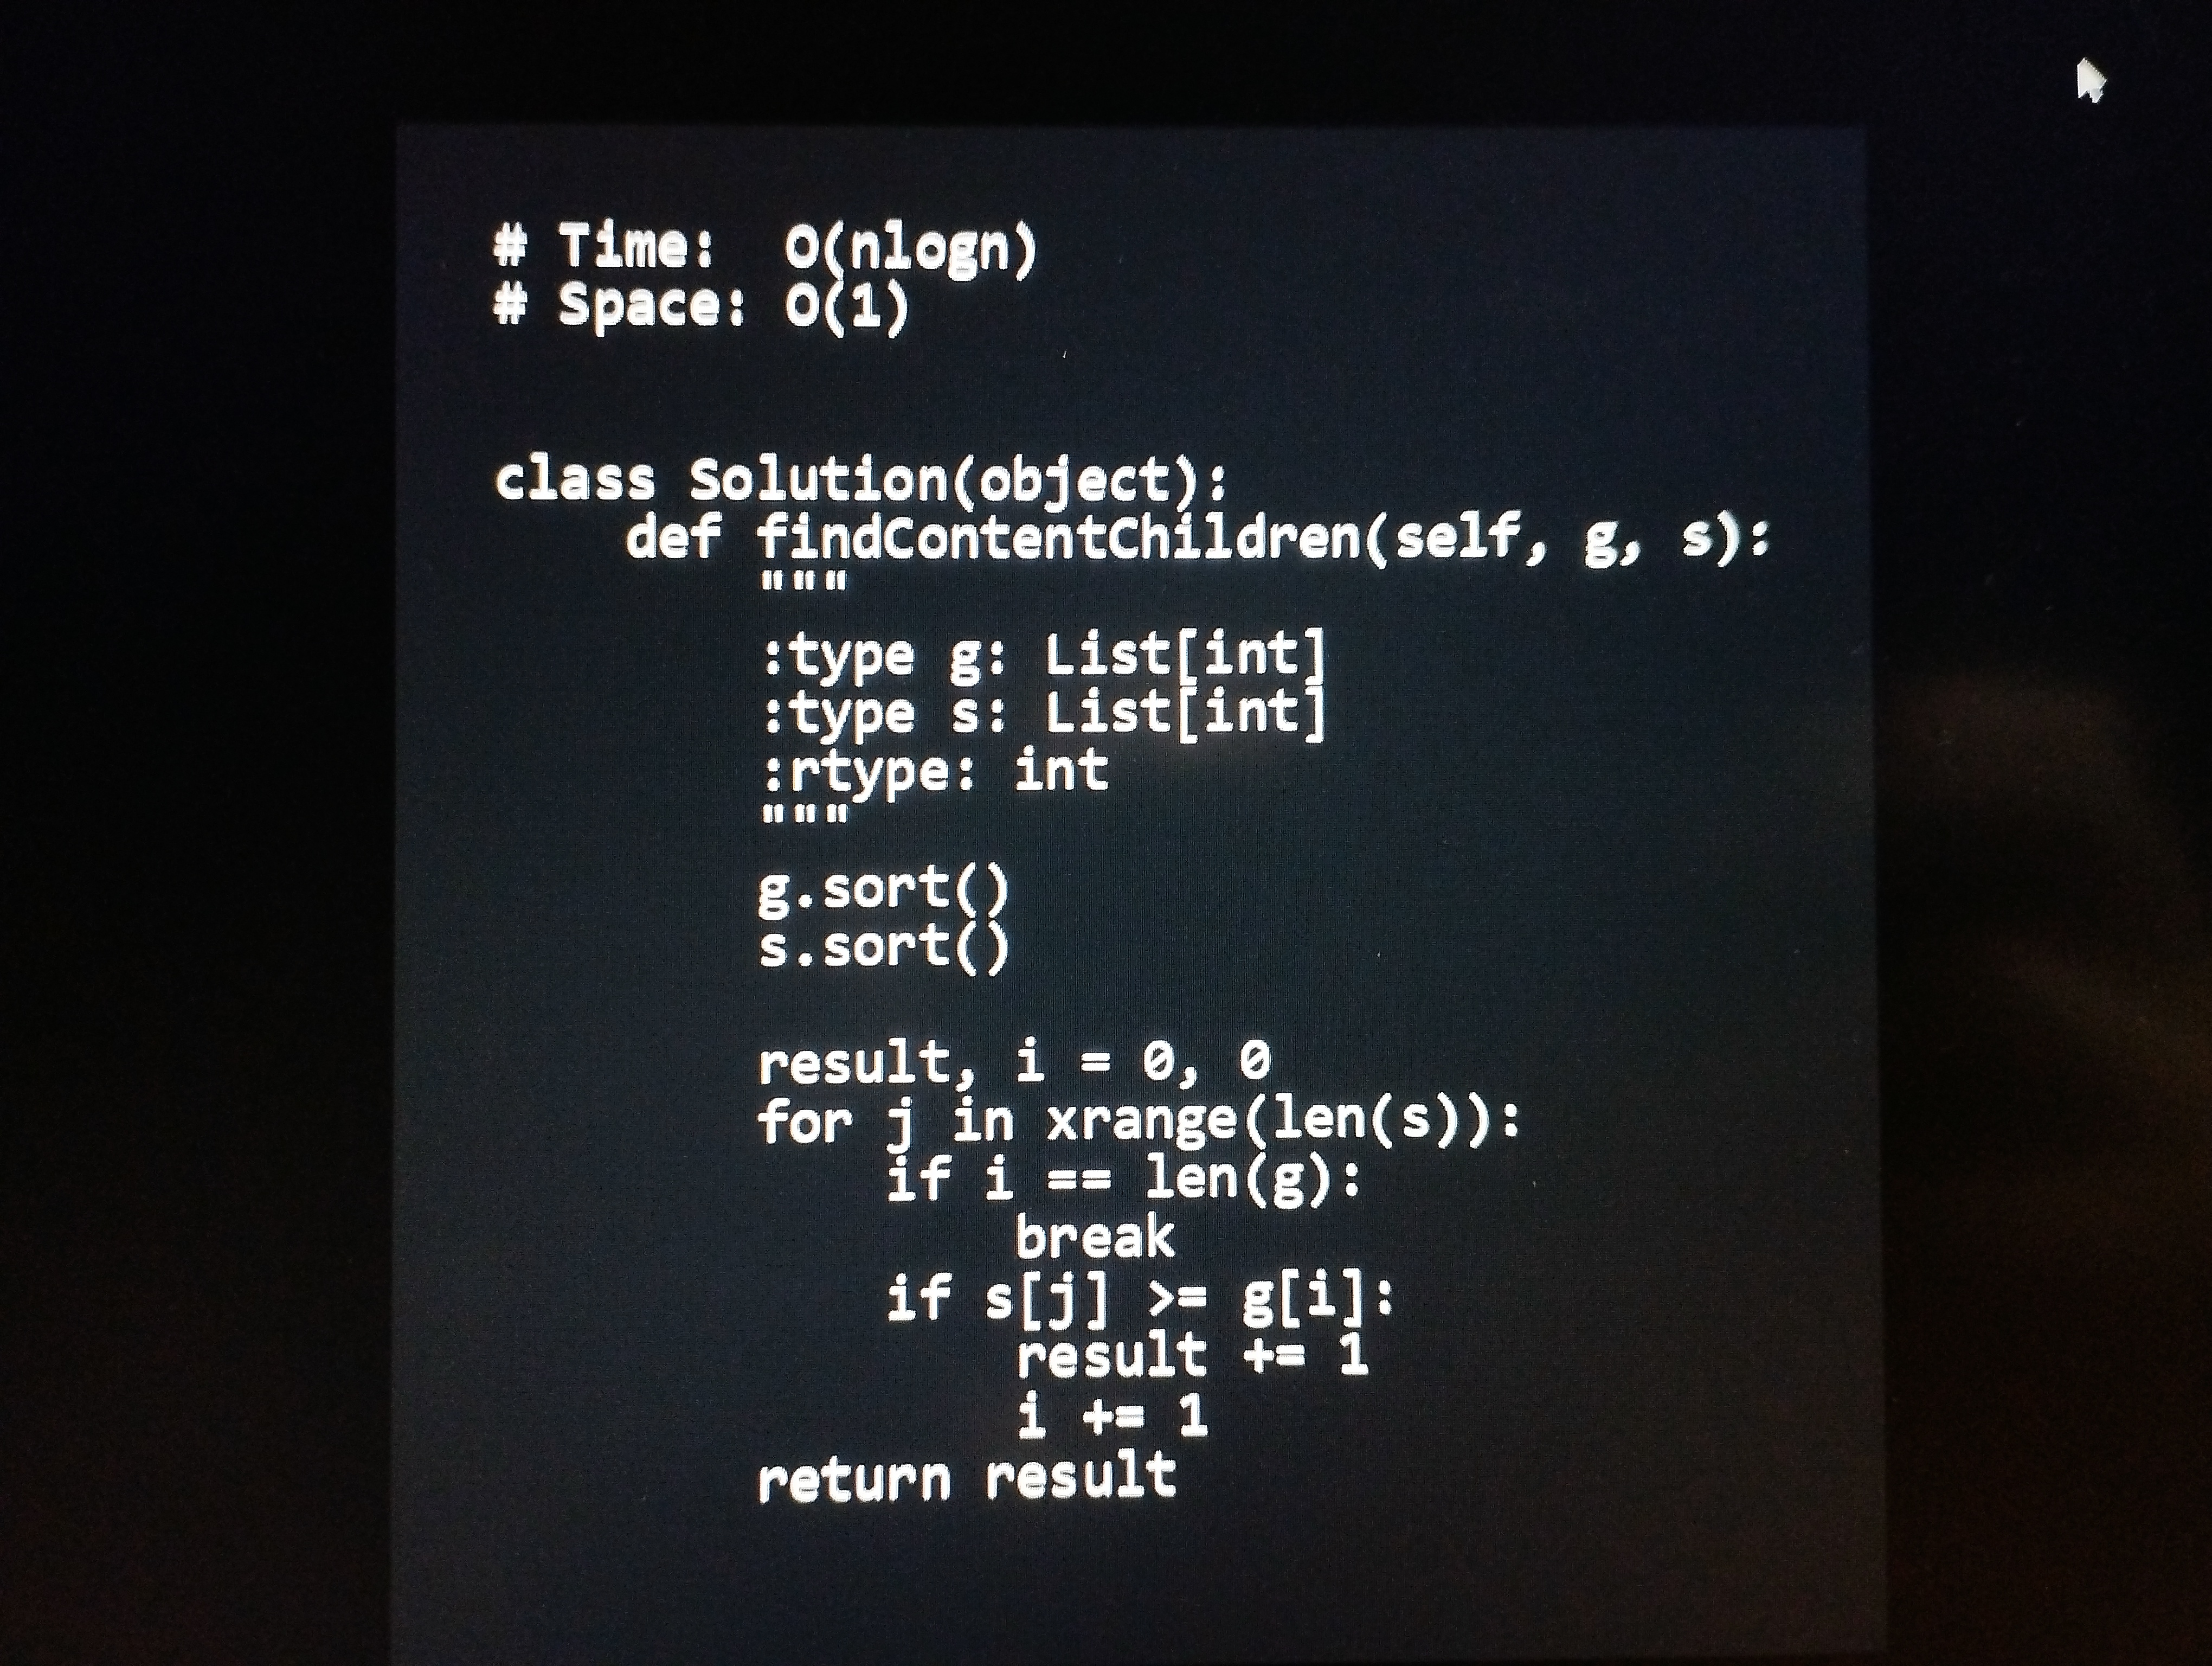
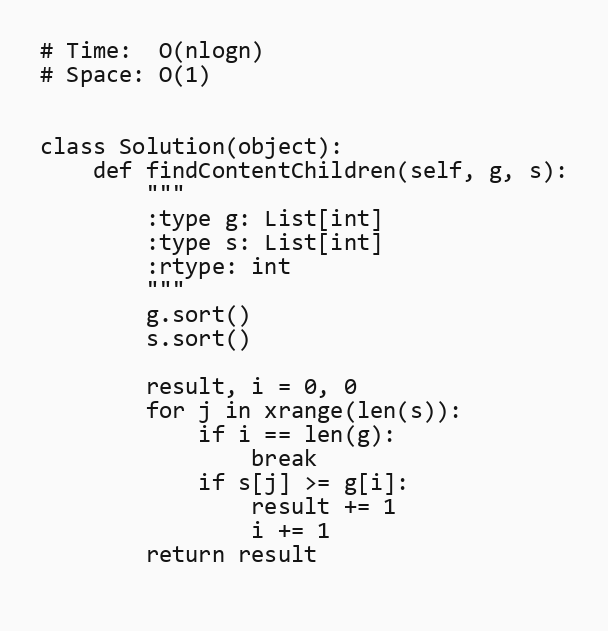
# Time:  O(nlogn)
# Space: O(1)

class Solution(object):
    def findContentChildren(self, g, s):
        """
        :type g: List[int]
        :type s: List[int]
        :rtype: int
        """
        g.sort()
        s.sort()

        result, i = 0, 0
        for j in xrange(len(s)):
            if i == len(g):
                break
            if s[j] >= g[i]:
                result += 1
                i += 1
        return result